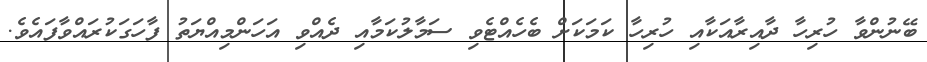
ބޭނުންވާ ހުރިހާ ދާއިރާއަކާއި ހުރިހާ ކަމަކަށް ބެހެއްޓެވި ސަމާލުކަމާއި ދެއްވި އަހަންމިއްޔަތު ފާހަގަކުރައްވާފައެވެ.